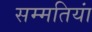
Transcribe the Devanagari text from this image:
सम्मतियां